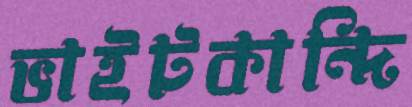
ভাইটকান্দি